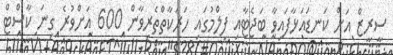
ސީރީޒް އަށް ކަނޑައަޅާފައިވާ ބަޖެޓާއި ފިލްމުގައި ހަރަކާތްތެރިވާން 600 އަށްވުރެ ގިނަ ކާސްޓް